Mental hospitals Bombay report 1929-33 - 1929-1933
Year: 1929
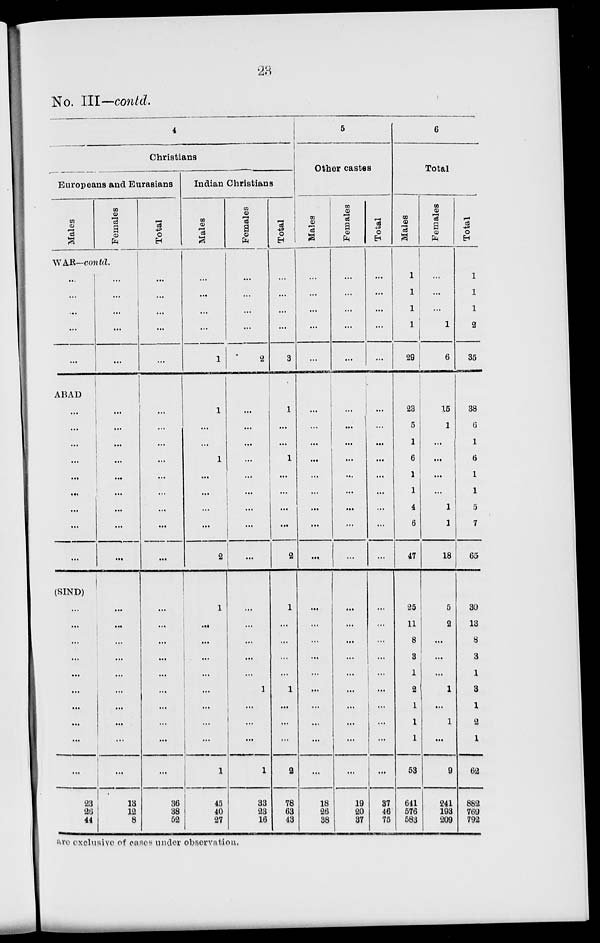
23
No. III—contd.
4
Christians
Europeans and Eurasians
Males
Females
WAR—contd.
...
...
...
...
...
ABAD
...
...
...
...
...
...
...
...
...
...
...
...
...
...
...
...
...
...
...
...
...
...
...
(SIND)
...
...
...
...
...
...
...
...
...
...
23
26
44
...
...
...
...
...
...
...
...
...
...
13
12
8
Total
...
...
...
...
...
...
...
...
...
...
...
...
...
...
...
...
...
...
...
...
...
...
...
...
36
38
52
Indian
Males
...
...
...
...
1
1
...
...
1
...
...
...
...
2
1
...
...
...
...
...
...
...
...
1
45
40
27
Christians
Females
...
...
...
...
2
...
...
...
...
...
...
...
...
...
...
...
...
...
...
1
...
...
...
1
33
23
16
Total
...
...
...
...
3
1
...
...
1
...
...
...
...
2
1
...
...
...
...
1
...
...
...
2
78
63
43
5
Other castes
Males
...
...
...
...
...
...
...
...
...
...
...
...
...
...
...
...
...
...
...
...
...
...
...
...
18
26
38
Females
...
...
...
...
...
...
...
...
...
...
...
...
...
...
...
...
...
...
...
...
...
...
...
...
19
20
37
Total
...
...
...
...
...
...
...
...
...
...
...
...
...
...
...
...
...
...
...
...
...
...
...
...
37
46
75
6
Total
Males
1
1
1
1
29
23
5
1
6
1
1
4
6
47
25
11
8
3
1
2
1
1
1
53
641
576
583
Females
...
...
...
1
6
15
1
...
...
...
...
1
1
18
5
2
...
...
...
1
...
1
...
9
241
193
209
Total
1
1
1
2
35
38
6
1
6
1
1
5
7
65
30
13
8
3
1
3
1
2
1
62
882
769
792
are exclusive of cases under observation.